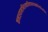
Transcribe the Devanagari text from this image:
कन्दश्यामाभिरामप्रथितदशरथब्रह्मविद्याविलासिन्